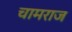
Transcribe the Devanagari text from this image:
चामराज